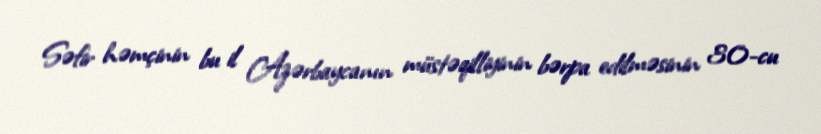
Səfir həmçinin bu il Azərbaycanın müstəqilliyinin bərpa edilməsinin 30-cu